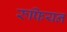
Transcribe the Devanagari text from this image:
रुफियन